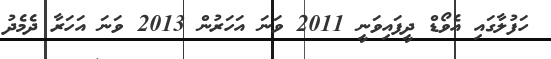
ހަފުލާގައި އެވޯޑް ދީފައިވަނީ 2011 ވަނަ އަހަރުން 2013 ވަނަ އަހަރާ ދެމެދު